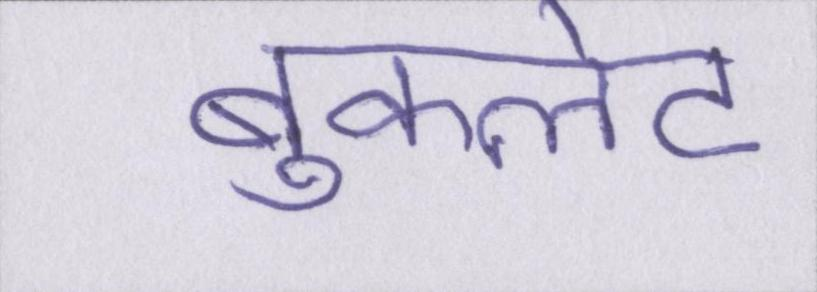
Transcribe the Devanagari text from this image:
बुकलेट